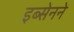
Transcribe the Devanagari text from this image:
इब्सेनने